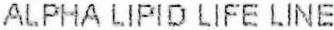
ALPHA LIPID LIFE LINE